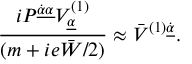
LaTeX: { \displaystyle \frac { i { \cal P } ^ { \underline { { { \dot { \alpha } \alpha } } } } V _ { \underline { { \alpha } } } ^ { ( 1 ) } } { ( m + i e \bar { W } / 2 ) } \approx \bar { V } ^ { ( 1 ) \underline { { { \dot { \alpha } } } } } . }